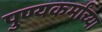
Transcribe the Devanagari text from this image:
पुण्यकर्मांच्या